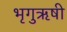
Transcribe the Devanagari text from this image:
भृगुऋषी